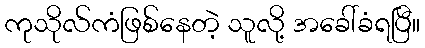
ကုသိုလ်ကံဖြစ်နေတဲ့ သူလို့ အခေါ်ခံရပြီ။